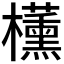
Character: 𬅑